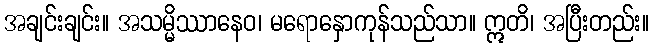
အချင်းချင်း။ အသမ္မိဿာနေဝ၊ မရောနှောကုန်သည်သာ။ ဣတိ၊ အပြီးတည်း။